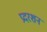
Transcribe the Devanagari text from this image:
प्रदरशन